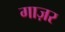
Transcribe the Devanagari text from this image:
गाज़र